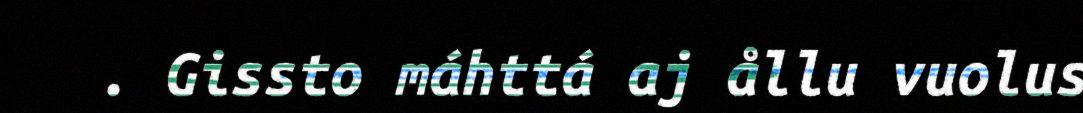
. Gissto máhttá aj ållu vuolus